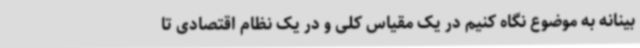
بینانه به موضوع نگاه کنیم در یک مقیاس کلی و در یک نظام اقتصادی تا